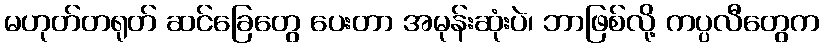
မဟုတ်တရုတ် ဆင်ခြေတွေ ပေးတာ အမုန်းဆုံးပဲ၊ ဘာဖြစ်လို့ ကပ္ပလီတွေက